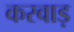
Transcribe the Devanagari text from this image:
करवाड़